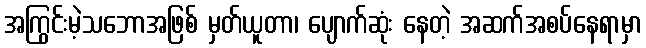
အကြွင်းမဲ့သဘောအဖြစ် မှတ်ယူတာ၊ ပျောက်ဆုံး နေတဲ့ အဆက်အစပ်နေရာမှာ